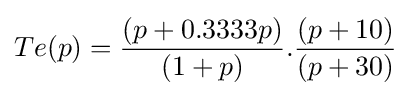
Te(p)={\frac {(p+0.3333p)}{(1+p)}}.{\frac {(p+10)}{(p+30)}}